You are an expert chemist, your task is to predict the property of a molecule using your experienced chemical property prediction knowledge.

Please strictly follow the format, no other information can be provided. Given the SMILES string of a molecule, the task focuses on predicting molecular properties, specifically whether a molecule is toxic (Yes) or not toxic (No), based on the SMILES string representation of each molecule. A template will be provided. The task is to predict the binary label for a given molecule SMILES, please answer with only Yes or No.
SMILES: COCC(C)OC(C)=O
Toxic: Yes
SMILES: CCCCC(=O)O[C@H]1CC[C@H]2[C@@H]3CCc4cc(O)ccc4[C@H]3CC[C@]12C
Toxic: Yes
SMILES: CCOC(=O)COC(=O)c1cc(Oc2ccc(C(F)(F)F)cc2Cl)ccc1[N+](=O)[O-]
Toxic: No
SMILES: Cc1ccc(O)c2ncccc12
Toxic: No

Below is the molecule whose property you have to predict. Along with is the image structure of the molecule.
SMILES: Cc1cnc(C(=O)NCCc2ccc(S(=O)(=O)NC(=O)NC3CCCCC3)cc2)cn1
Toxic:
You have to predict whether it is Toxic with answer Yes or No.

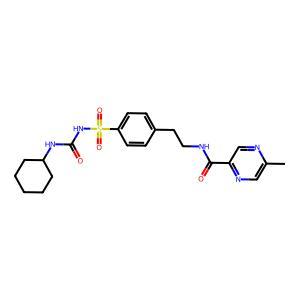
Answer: No